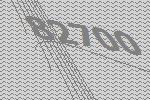
82700